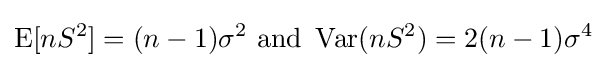
\operatorname {E} [nS^{2}]=(n-1)\sigma ^{2}{\text{ and }}\operatorname {Var} (nS^{2})=2(n-1)\sigma ^{4}